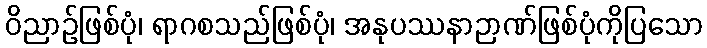
ဝိညာဉ်ဖြစ်ပုံ၊ ရာဂစသည်ဖြစ်ပုံ၊ အနုပဿနာဉာဏ်ဖြစ်ပုံကိုပြသော